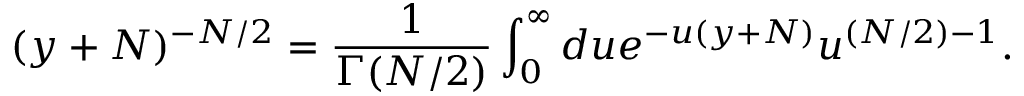
( y + N ) ^ { - N / 2 } = \frac { 1 } { \Gamma ( N / 2 ) } \int _ { 0 } ^ { \infty } d u e ^ { - u ( y + N ) } u ^ { ( N / 2 ) - 1 } .